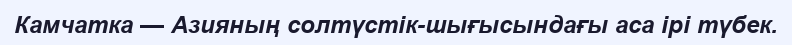
Камчатка — Азияның солтүстік-шығысындағы аса ірі түбек.